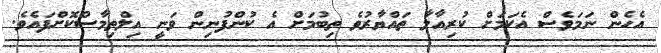
އެހެން ނަމަވެސް އެކަމަށް ކުރިއާލާ ތައްޔާރުވެ ތިބުމަށް އެ ކުންފުނިން ވަނީ އިލްތިމާސްކޮށްފައެވެ.